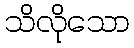
သိလိုသော